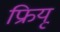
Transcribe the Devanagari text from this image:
फ्रियू